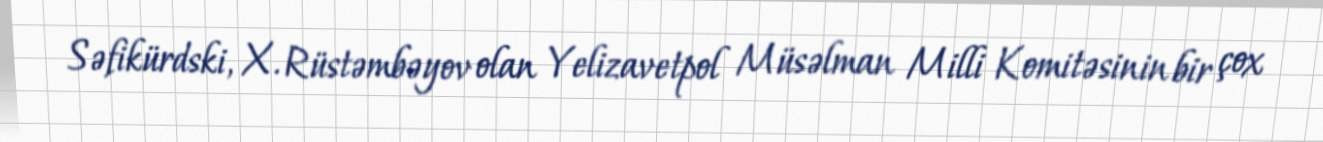
Səfikürdski, X. Rüstəmbəyov olan Yelizavetpol Müsəlman Milli Komitəsinin bir çox